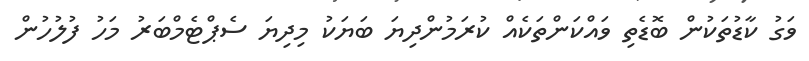
ވަގު ކާޑުތަކުން ބޮޑެތި ވައްކަންތަކެއް ކުރަމުންދިޔަ ބަޔަކު މިދިޔަ ސެޕްޓެމްބަރު މަހު ފުލުހުން